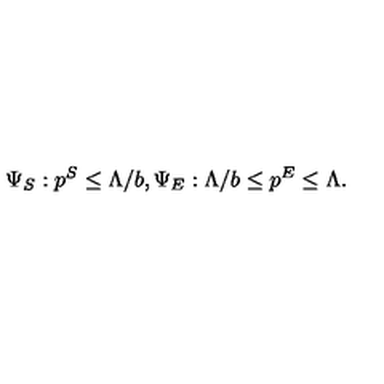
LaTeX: \Psi _ { S } : p ^ { S } \leq \Lambda / b , \Psi _ { E } : \Lambda / b \leq p ^ { E } \leq \Lambda .